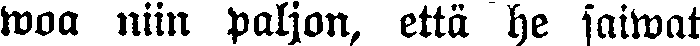
woa niin paljon, että he saiwat